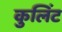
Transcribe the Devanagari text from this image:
कुलिंट